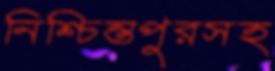
নিশ্চিন্তপুরসহ